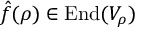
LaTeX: { \hat { f } } ( \rho ) \in { \mathrm { E n d } } ( V _ { \rho } )